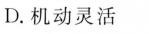
D.机动灵活